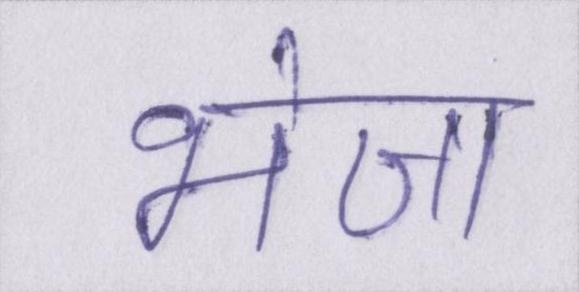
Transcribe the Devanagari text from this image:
भेजा